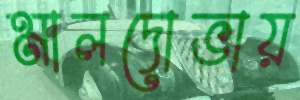
মালদোভায়